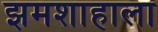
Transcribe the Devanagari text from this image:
झमशाहाला